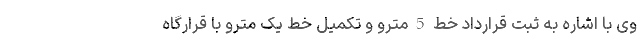
وی با اشاره به ثبت قرارداد خط 5 مترو و تکمیل خط یک مترو با قرارگاه